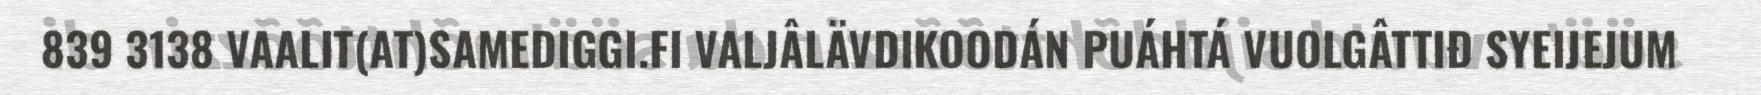
839 3138 VAALIT(AT)SAMEDIGGI.FI VALJÂLÄVDIKOODÁN PUÁHTÁ VUOLGÂTTIĐ SYEIJEJUM